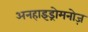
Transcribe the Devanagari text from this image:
अनहाइड्रोमनोज़